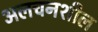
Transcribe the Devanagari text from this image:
अलचनशील